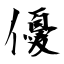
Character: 優